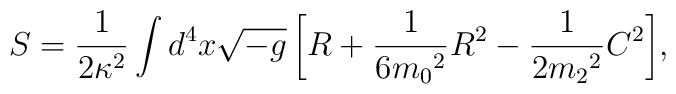
S = \frac{1}{2\kappa^2} \int{ d^4x \sqrt{-g} \left[ R          + \frac{1}{6{m_0}^2} R^2 - \frac{1}{2{m_2}^2} C^2 \right] },